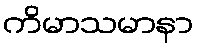
ကိမာသမာနာ